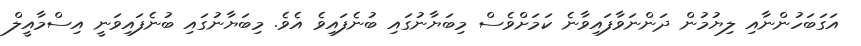
އަގަބަހުންނާއި ލިޔުމުން ދަންނަވާފައިވާނެ ކަމަށްވެސް މިބަޔާނުގައި ބުނެފައިވެ އެވެ. މިބަޔާނުގައި ބުނެފައިވަނީ އިސްމާއީލް